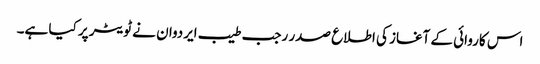
اس کاروائی کے آغاز کی اطلاع صدر رجب طیب ایردوان نے ٹویٹر پر کیا ہے۔